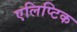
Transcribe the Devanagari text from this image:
एलिप्टिक